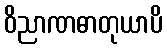
ဝိညာဏဓာတုယာပိ